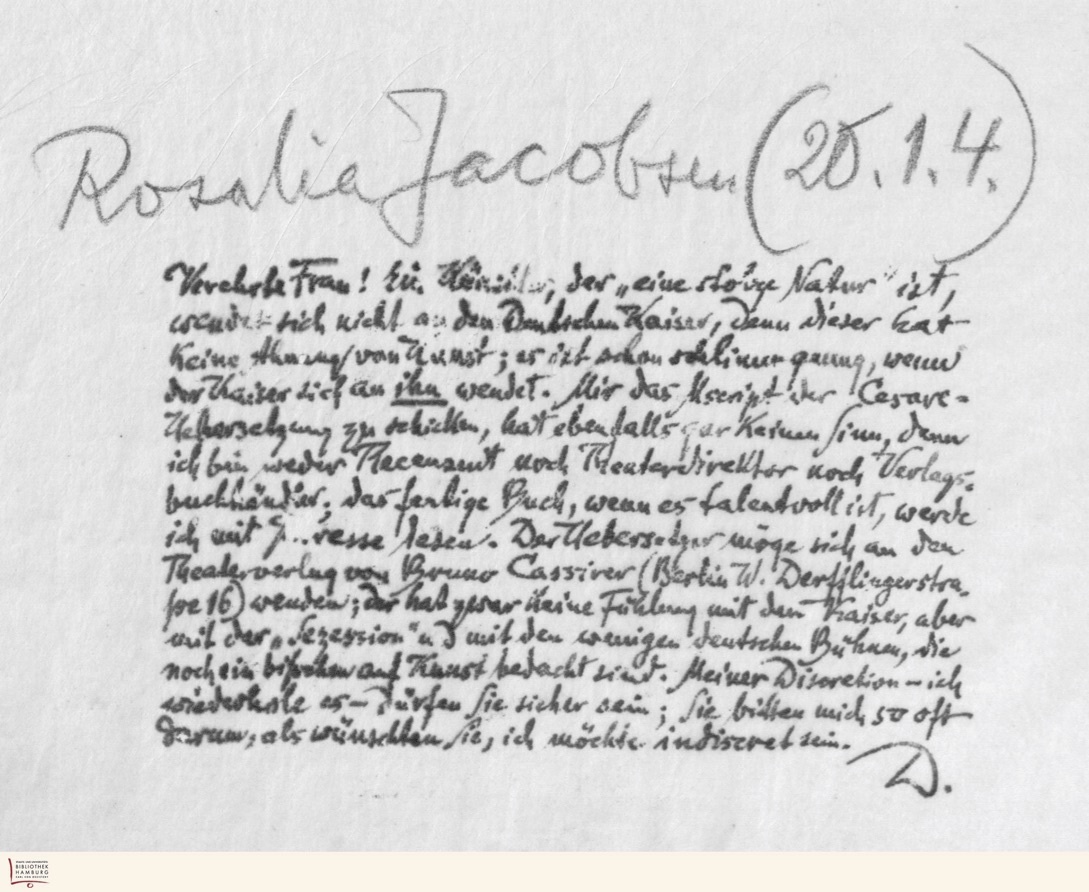
Rosalia Jacobsen (20.1.4.)
Verehrte Frau! Der Künstler, der „eine stolze Natur‟ ist,
wendet sich nicht an den Deutschen Kaiser, denn dieser hat
keine Ahnung von Kunst; er ist schon schlimm genug, wenn
der Kaiser sich an ihn wendet. Mir das Mscrift der Cesare-
Uebersetzung zu schicken, hat ebenfalls gar keinen Sinn, denn
ich bin weder Recensent noch Theaterdirektor noch Verlags-
buchhändler, das fertige Buch, wenn es talentvoll ist, werde
ich mit Interesse lesen. Der Uebersetzer möge sich an den
Theaterverlag von Bruno Cassirer (Berlin W. Derfilingerstra-
ße 16) wenden; der hat zwar keine Fühlung mit dem Kaiser, aber
mit der „Sezession" und mit den wenigen deutschen Bühnen, die
noch ein bißchen auf Kunst bedacht sind. Meiner Discretion - ich
wiederhole es - dürfen Sie sicher sein; Sie bitten mich so oft
darum, als wünschten Sie, ich möchte indiscret sein.
D.